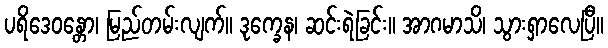
ပရိဒေဝန္တော၊ မြည်တမ်းလျက်။ ဒုက္ခေန၊ ဆင်းရဲခြင်း။ အာဂမာသိ၊ သွားရှာလေပြီ။